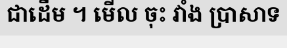
ជាដើម ។ មើល ចុះ វាំង ប្រាសាទ